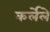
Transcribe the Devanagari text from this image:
कर्लेले